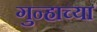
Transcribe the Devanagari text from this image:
गुन्हाच्या